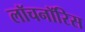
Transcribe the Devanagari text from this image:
लॉचनॉरिस